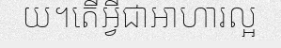
យ។តើអ្វីជាអាហារល្អ